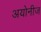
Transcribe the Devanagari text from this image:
अयोनीज